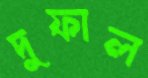
দুফাল